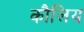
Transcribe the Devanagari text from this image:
कौलिय